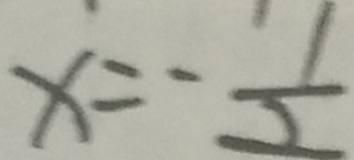
x = - \frac { 1 } { 2 }